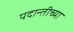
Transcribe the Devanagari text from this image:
पदान्तीच्या